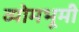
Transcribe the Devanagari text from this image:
व्योमभूमी